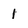
Character: 1